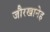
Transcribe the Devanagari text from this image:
जौरखानेह